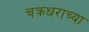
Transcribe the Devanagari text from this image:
चक्रधराच्या